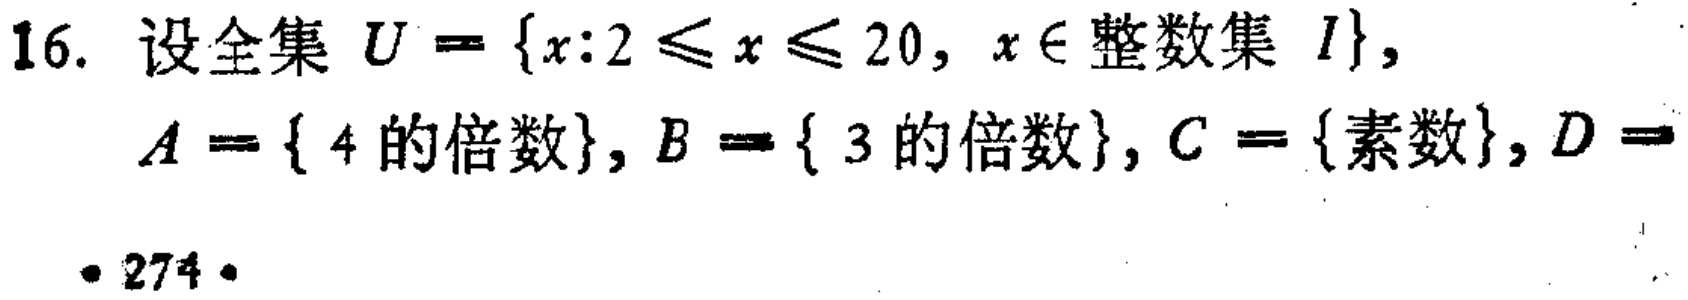
16. 设全集 \(U = \{x:2\leq x\leq 20, x\in \text{整数集 } I\}\)，

\(A = \{ 4\text{ 的倍数}\}, B = \{ 3\text{ 的倍数}\}, C = \{素数\}, D =\)

• 274 •